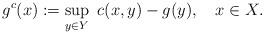
LaTeX: \begin{align*}g^c(x):=\sup_{y\in Y}\ c(x,y)-g(y),\ \ \ x\in X.\end{align*}